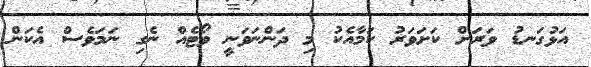
އަޅުގަނޑު ވަރަށް ކަށަވަރު ކަމާއެކު މި ދަންނަވަނީ ވޯޓެއް ނެގި ނަމަވެސް އެކަން